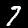
Digit: 7